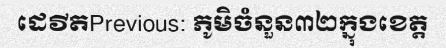
ដេវីតPrevious: ភូមិចំនួន៣២ក្នុងខេត្ត